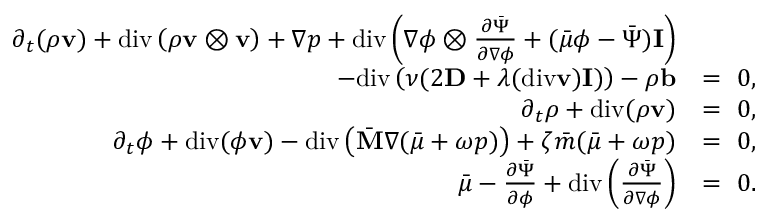
\begin{array} { r l } { \partial _ { t } ( \rho \mathbf { v } ) + \mathrm { d i v } \left( \rho \mathbf { v } \otimes \mathbf { v } \right) + \nabla p + \mathrm { d i v } \left( \nabla \phi \otimes \frac { \partial \bar { \Psi } } { \partial \nabla \phi } + ( \bar { \mu } \phi - \bar { \Psi } ) \mathbf { I } \right) } & { } \\ { - \mathrm { d i v } \left( \nu ( 2 \mathbf { D } + \lambda ( \mathrm { d i v } \mathbf { v } ) \mathbf { I } ) \right) - \rho \mathbf { b } } & { = ~ 0 , } \\ { \partial _ { t } \rho + \mathrm { d i v } ( \rho \mathbf { v } ) } & { = ~ 0 , } \\ { \partial _ { t } \phi + \mathrm { d i v } ( \phi \mathbf { v } ) - \mathrm { d i v } \left( \bar { \mathbf { M } } \nabla ( \bar { \mu } + \omega p ) \right) + \zeta \bar { m } ( \bar { \mu } + \omega p ) } & { = ~ 0 , } \\ { \bar { \mu } - \frac { \partial \bar { \Psi } } { \partial \phi } + \mathrm { d i v } \left( \frac { \partial \bar { \Psi } } { \partial \nabla \phi } \right) } & { = ~ 0 . } \end{array}